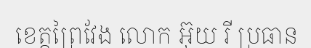
ខេត្តព្រៃវែង លោក អ៊ុយ រី ប្រធាន